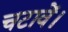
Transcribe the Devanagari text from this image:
चटावें।